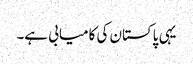
یہی پاکستان کی کامیابی ہے۔